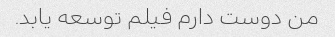
من دوست دارم فیلم توسعه یابد.